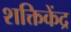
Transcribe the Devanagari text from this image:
शक्तिकेंद्र